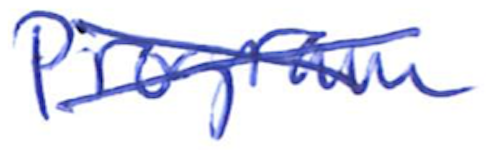
Text: Program
Cross-out: cross
Writing tool: ballpoint